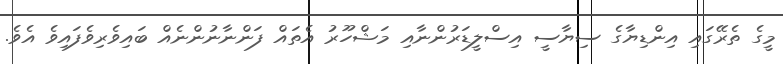
މީގެ ތެރޭގައި އިންޑިޔާގެ ސިޔާސީ އިސްލީޑަރުންނާއި މަޝްހޫރު އެތައް ފަންނާނުންނެއް ބައިވެރިވެފައިވެ އެވެ.